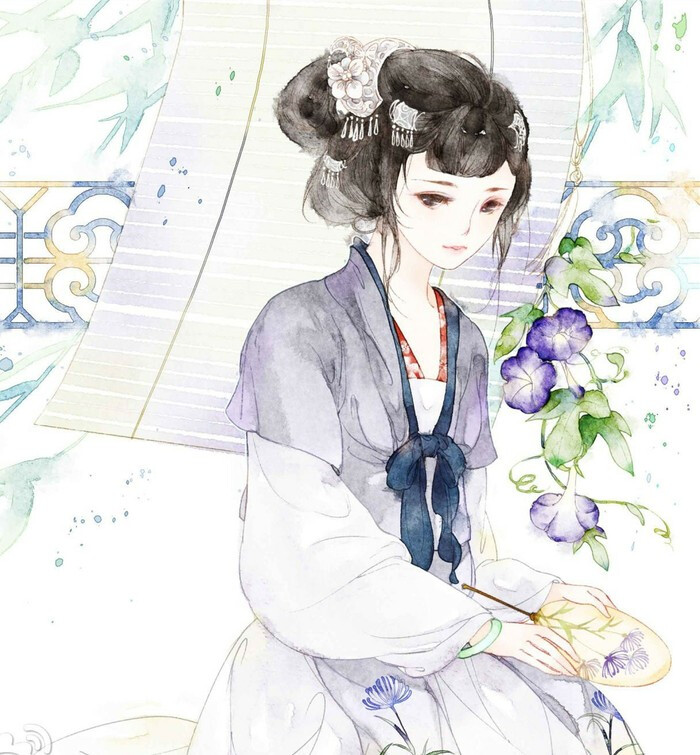
韶华不为少年留，恨悠悠，几时休？